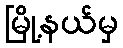
မြို့နယ်မှ